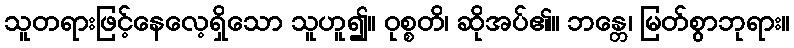
သူတရားဖြင့်နေလေ့ရှိသော သူဟူ၍။ ဝုစ္စတိ၊ ဆိုအပ်၏။ ဘန္တေ၊ မြတ်စွာဘုရား။